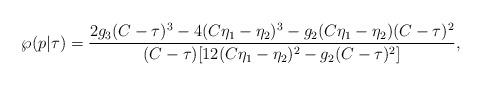
LaTeX: \begin{align*}\wp(p|\tau)=\frac{2g_{3}(C-\tau)^{3}-4(C\eta_{1}-\eta_{2})^{3}-g_{2}(C\eta_{1}-\eta_{2})(C-\tau)^{2}}{(C-\tau)[12(C\eta_{1}-\eta_{2})^{2}-g_{2}(C-\tau)^{2}]}, \end{align*}